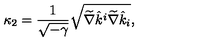
\kappa _ { 2 } = { \frac { 1 } { \sqrt { - \gamma } } } \sqrt { \widetilde \nabla \hat { k } ^ { i } \widetilde \nabla \hat { k } _ { i } } ,